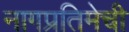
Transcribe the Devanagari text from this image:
नागप्रतिमेची